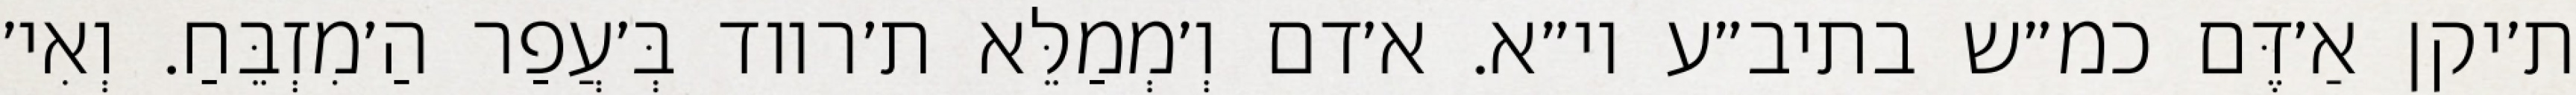
ת׳יקן אַ׳דֶּם כמ״ש בתיב״ע וי״א. א׳דם וְ׳מְמַלֵּא ת׳רווד בְּ׳עֲפַר הַ׳מִזְבֵּחַ. וְאִי׳